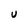
Character: U